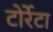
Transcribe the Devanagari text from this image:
टोर्रेटा